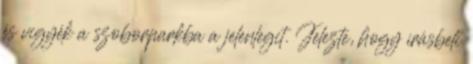
és vigyék a szoborparkba a jelenlegit. Jelezte, hogy írásbeli